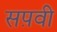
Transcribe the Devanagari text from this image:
सप़वी